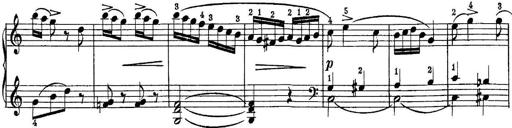
Title: Piano Sonatina No.1 in C major
Composer: Tadeusz Joteyko
Key: C major